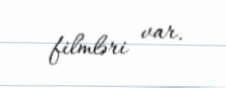
filmləri var.